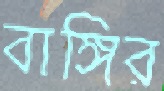
বাঙ্গির